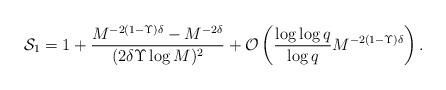
LaTeX: \begin{align*} \mathcal{S}_1 = 1 + \frac{M^{-2(1-\Upsilon)\delta}-M^{-2\delta}}{(2\delta\Upsilon\log M)^2} + \mathcal{O}\left( \frac{\log\log q}{\log q} M^{-2(1-\Upsilon)\delta} \right).\end{align*}